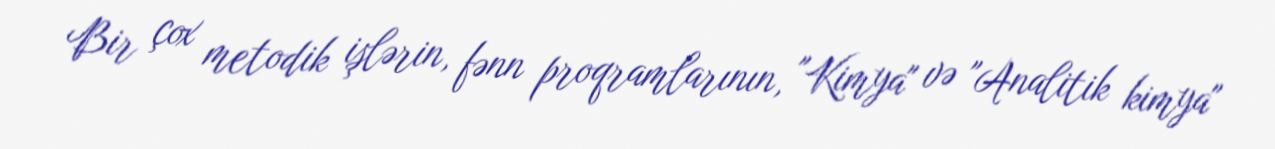
Bir çox metodik işlərin, fənn proqramlarının, "Kimya" və "Analitik kimya"